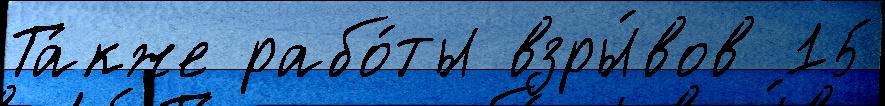
Та́кже рабо́ты взры́вов 15